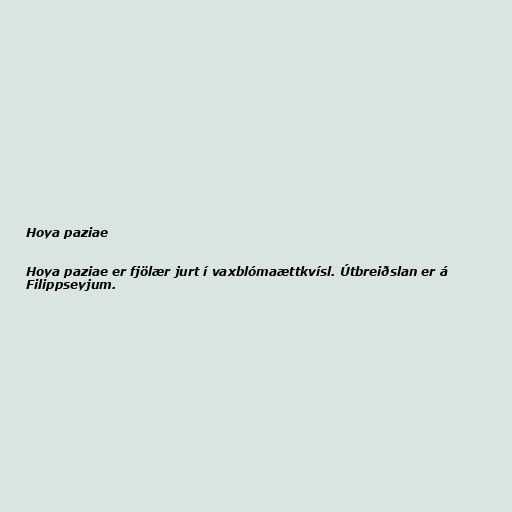
Hoya paziae

Hoya paziae er fjölær jurt í vaxblómaættkvísl. Útbreiðslan er á
Filippseyjum.